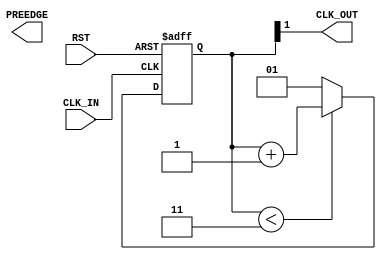
/* NOTE: THIS IS A MODIFIED VERSION OF THE STANDARD ClockDiv.v IN THE bsc LIBRARY.
 * Specifically, we've commentd out the PREEDGE assignment block (see below).
 * Verilator does not like it, and errors out.
 * But, we're not using that output in AWSteria_Infra, so ok to comment it out.
 * Rishiyur Nikhil, 2022-01-15.
 */

`ifdef BSV_ASSIGNMENT_DELAY
`else
  `define BSV_ASSIGNMENT_DELAY
`endif

`ifdef BSV_POSITIVE_RESET
  `define BSV_RESET_VALUE 1'b1
  `define BSV_RESET_EDGE posedge
`else
  `define BSV_RESET_VALUE 1'b0
  `define BSV_RESET_EDGE negedge
`endif


// A clock divider circuit.
// Division is based on the parameters, where
// Division is upper - lower + 1
// Duty cycle is :
//       let half = 1 << (width-1)
//       (upper - half) / upper - lower + 1
// E.g., (2,1,3) is a divide by 3  duty cycle  2/3
//       (2,0,3) is a divide by 4  duty cycle  2/4
//       (1,0,1) is a divide by 2, duty cycle  1/2
//       (3,1,5) is a divide by 5  duty cycle  2/5
//       (3,2,6) is a divide by 5  duty cycle  3/5
// The offset allow edges for separate modules to be determined
// relative to each other. a clock divider with offset 1 occurs one
// (fast) clock later than a clock with offset 0.
module ClockDiv(CLK_IN, RST, PREEDGE,  CLK_OUT);

   parameter width = 2 ;        // must be sufficient to hold upper
   parameter lower = 1 ;        //
   parameter upper = 3 ;
   parameter offset = 0;        // offset for relative edges.
                                // (0 <= offset <= (upper - lower)

   input     CLK_IN;            // input clock
   input     RST;

   output    PREEDGE;           // output signal announcing an upcoming edge
   output    CLK_OUT;           // output clock

   reg [ width -1 : 0 ] cntr ;
   reg                  PREEDGE ;

   // Wire constants for the parameters
   wire [width-1:0]     upper_w ;
   wire [width-1:0]     lower_w ;

   assign               CLK_OUT = cntr[width-1] ;
   assign               upper_w = upper ;
   assign               lower_w = lower ;

   // The clock is about to tick when counter is about to set its msb
   //  Note some simulators do not allow 0 width expressions
   wire [width-1:0]     nexttick = ~ ( 'b01 << (width-1) )  ;

   /* THIS IS MANUALLY COMMENTED OUT; NOT USED BY AWSTERIA_INFRA
   // Combinational block to generate next edge signal
   always@( cntr or nexttick )
     begin
        #0
        // The nonblocking assignment use to delay the update of the edge ready signal
        // Since this read by other always blocks trigger by the output CLK of this module
        PREEDGE <= `BSV_ASSIGNMENT_DELAY  (cntr == nexttick) ;
     end
    */

   always@( posedge CLK_IN or `BSV_RESET_EDGE RST )
     begin
        // The use of blocking assignment within this block insures
        // that the clock generated from cntr[MSB] occurs before any
        // LHS of nonblocking assignments also from CLK_IN occur.
        // Basically, this insures that CLK_OUT and CLK_IN occur within
        // the same phase of the execution cycle,  before any state
        // updates occur. see
        // http://www.sunburst-design.com/papers/CummingsSNUG2002Boston_NBAwithDelays.pdf

        if ( RST == `BSV_RESET_VALUE )
          cntr = upper - offset ;
        else
          begin
             if ( cntr < upper_w )
               cntr = cntr + 1 ;
             else
               cntr = lower_w ;
          end // else: !if( RST == `BSV_RESET_VALUE )
     end // always@ ( posedge CLK_IN or `BSV_RESET_EDGE RST )

`ifdef BSV_NO_INITIAL_BLOCKS
`else // not BSV_NO_INITIAL_BLOCKS
  // synopsys translate_off
  initial
    begin
       #0 ;
       cntr = (upper - offset)  ;
       PREEDGE = 0 ;
    end // initial begin
  // synopsys translate_on
`endif // BSV_NO_INITIAL_BLOCKS


endmodule // ClockDiv